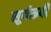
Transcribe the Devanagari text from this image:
सूर्यरूपी